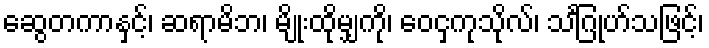
ဆွေတကာနှင့်၊ ဆရာမိဘ၊ မျိုးထိုမျှကို၊ ဝေငှကုသိုလ်၊ သင်္ဂြုဟ်သဖြင့်၊